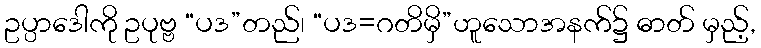
ဥပ္ပာဒေါကို ဥပုဗ္ဗ “ပဒ”တည်၊ “ပဒ=ဂတိမှိ”ဟူသောအနက်၌ ဓာတ် မှည့်,